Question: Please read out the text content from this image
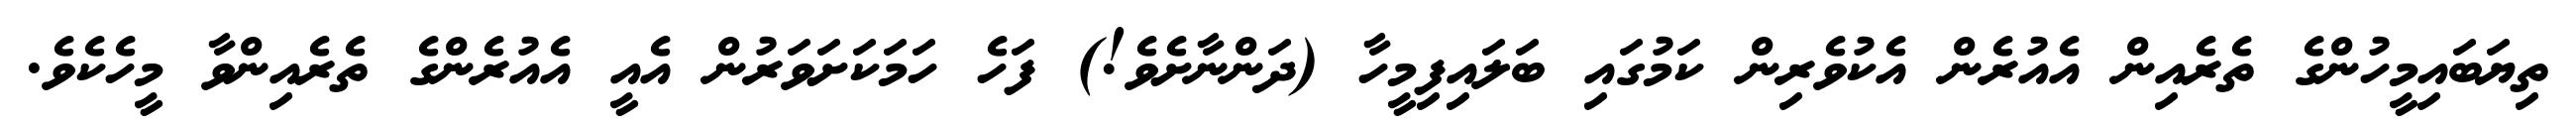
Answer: ތިޔަބައިމީހުންގެ ތެރެއިން އެއުރެން އެކުވެރިން ކަމުގައި ބަލައިފިމީހާ (ދަންނާށެވެ!) ފަހެ ހަމަކަށަވަރުން އެއީ އެއުރެންގެ ތެރެއިންވާ މީހެކެވެ.